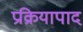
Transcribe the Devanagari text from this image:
प्रक्रियापाद